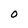
Character: O